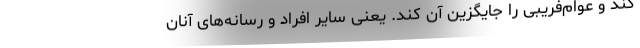
کند و عوام‌فریبی را جایگزین آن کند. یعنی سایر افراد و رسانه‌های آنان